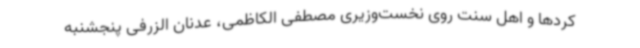
کردها و اهل سنت روی نخست‌وزیری مصطفی الکاظمی، عدنان الزرفی پنجشنبه